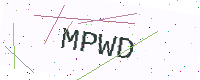
Text: MPWD